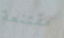
مقتنعة